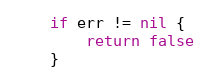
Language: Go
	if err != nil {
		return false
	}